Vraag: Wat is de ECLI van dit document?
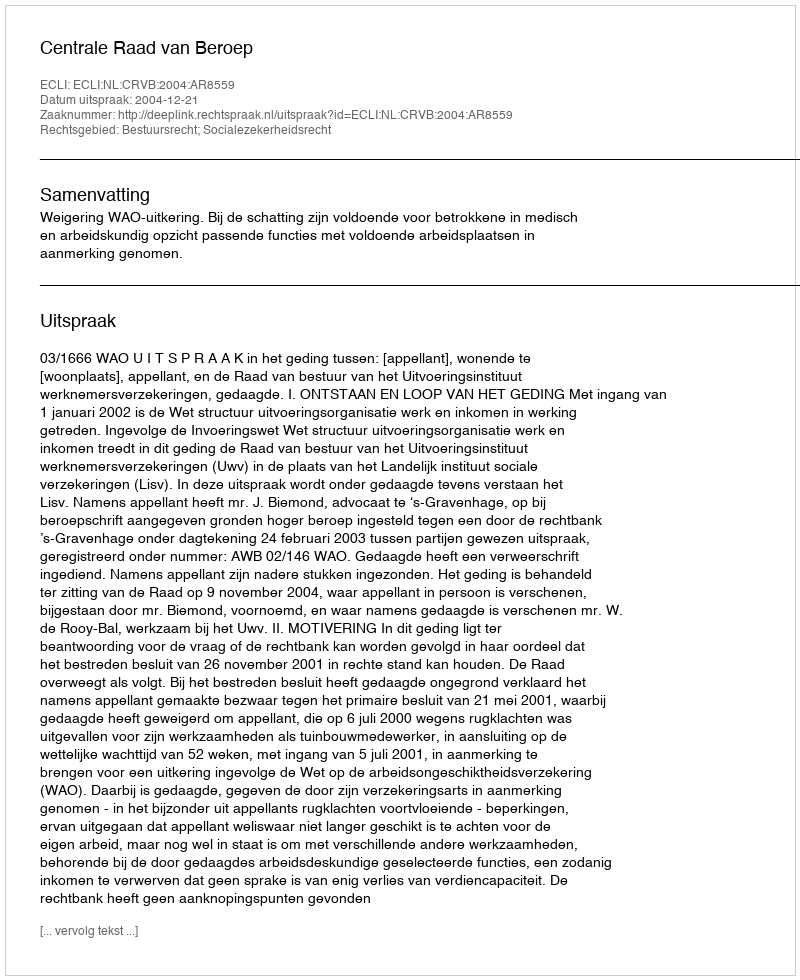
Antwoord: ECLI:NL:CRVB:2004:AR8559